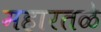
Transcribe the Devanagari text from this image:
महारतळे